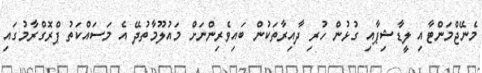
މެނޭޖްމަންޓާއި ލީޑާޝިޕާއި ގުޅުން ހުރި ދާއިރާތަކުން ބައިވެރިންނަށް މައުލޫމާތުދޭ އެ މަސައްކަތު ޕްރޮގްރާމުގައި